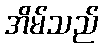
အိမ်သည်